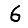
Digit: 6